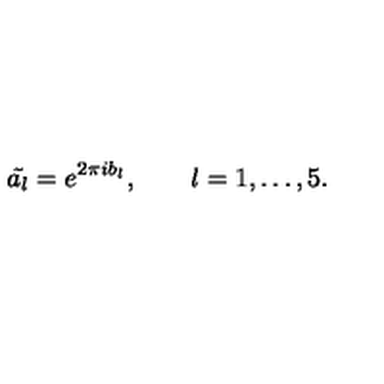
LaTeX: \tilde { a _ { l } } = e ^ { 2 \pi i b _ { l } } , \qquad l = 1 , \ldots , 5 .